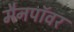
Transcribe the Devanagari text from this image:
मैनपॉवर